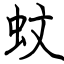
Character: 蚊